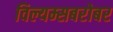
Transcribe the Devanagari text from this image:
विल्यम्सबरोबर